Tartu_pedagoogiumi_aruanded, lk 31
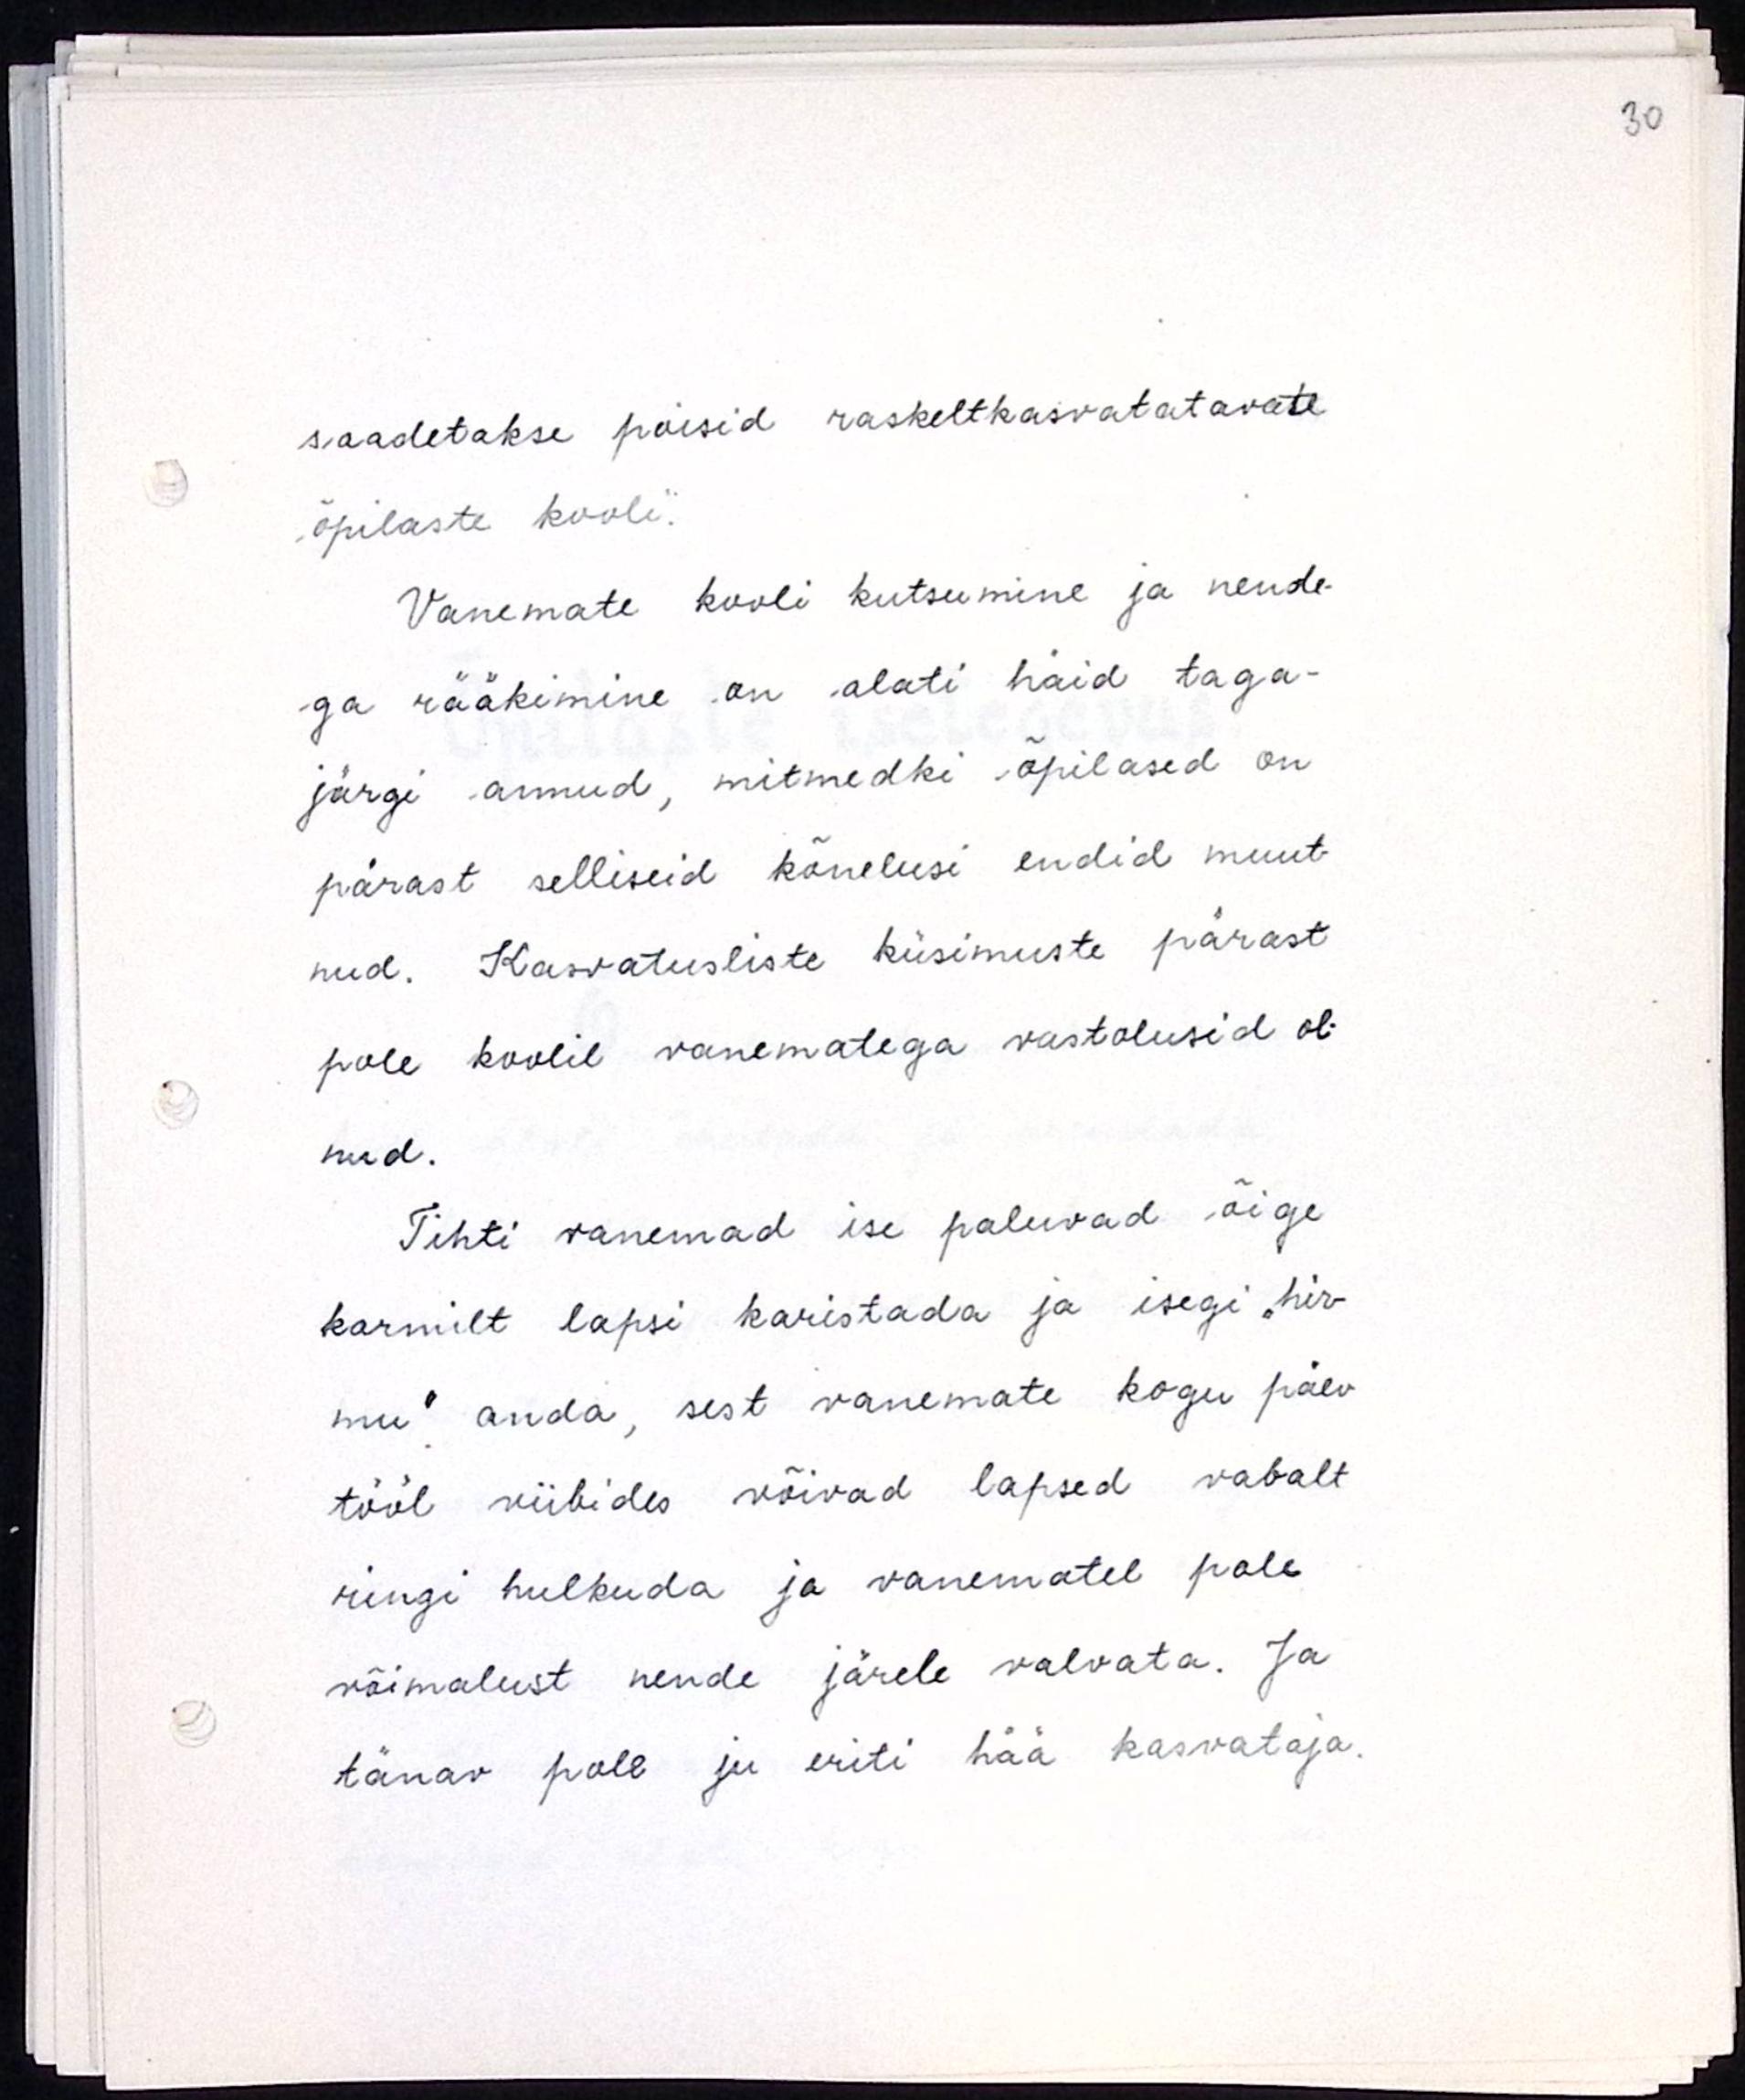
saadetakse poisid raskeltkasvatatavate
õpilaste kooli.
Vanemate kooli kutsumine ja nende-
ga rääkimine on alati häid taga-
järgi annud, mitmedki õpilased on
pärast selliseid kõnelusi endid muut-
nud. Kasvatusliste küsimuste pärast
pole koolil vanematega vastolusid ol-
nud.
Tihti vanemad ise paluvad õige
karmilt lapsi karistada ja isegi "hir-
mu" anda, sest vanemate kogu päev
tööl viibides võivad lapsed vabalt
ringi hulkuda ja vanematel pole
võimalust nende jätele valvata. Ja
tänav pole ju eriti hää kasvataja.